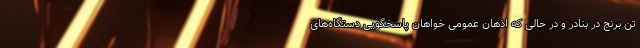
تن برنج در بنادر و در حالی که اذهان عمومی خواهان پاسخگویی دستگاه‌های